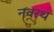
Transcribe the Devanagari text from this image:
नवरथ